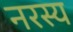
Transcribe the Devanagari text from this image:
नरस्य